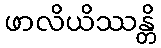
ဖာလိယိဿန္တိ